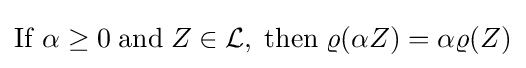
\mathrm {If} \;\alpha \geq 0\;\mathrm {and} \;Z\in {\mathcal {L}},\;\mathrm {then} \;\varrho (\alpha Z)=\alpha \varrho (Z)